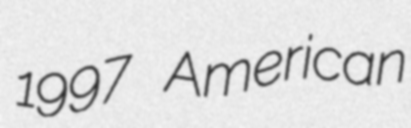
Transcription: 1997 American